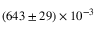
( 6 4 3 \pm 2 9 ) \times 1 0 ^ { - 3 }